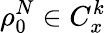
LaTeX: \rho_{0}^{N}\in C_{x}^{k}